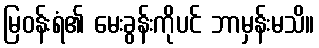
မြဝန်းရံ၏ မေးခွန်းကိုပင် ဘာမှန်းမသိ။